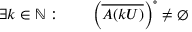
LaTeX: \exists k \in \mathbb { N } : \qquad \left( { \overline { { A ( k U ) } } } \right) ^ { \circ } \neq \varnothing